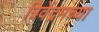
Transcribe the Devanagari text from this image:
त्रिवेंद्रमच्या